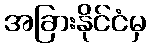
အခြားနိုင်ငံမှ